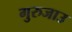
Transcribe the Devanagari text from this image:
गुरुजाउ